Annual administration report of the Civil Veterinary Department of India - 1893-1894
Year: 1893
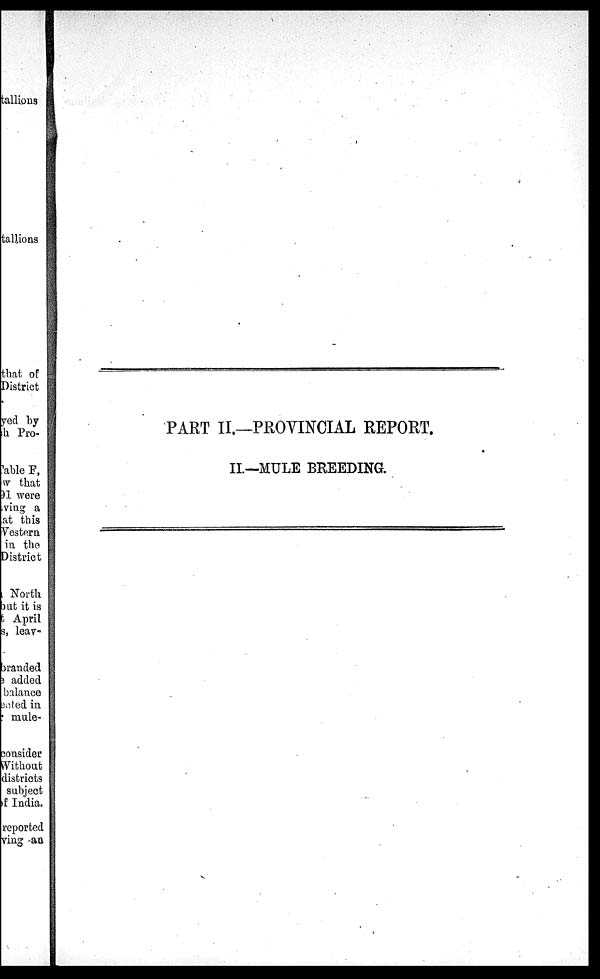
PART II.—PROVINCIAL REPORT.
II—MULE BREEDING.